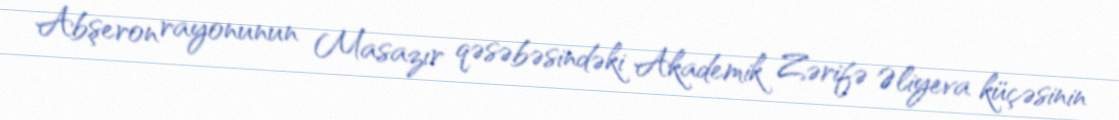
Abşeron rayonunun Masazır qəsəbəsindəki Akademik Zərifə Əliyeva küçəsinin